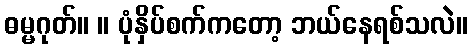
ဓမ္မဂုတ်။ ။ ပုံနှိပ်စက်ကတော့ ဘယ်နေရစ်သလဲ။